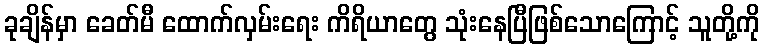
ခုချိန်မှာ ခေတ်မီ ထောက်လှမ်းရေး ကိရိယာတွေ သုံးနေပြီဖြစ်သောကြောင့် သူတို့ကို